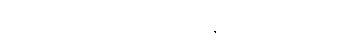
ဒီ ပါဆယ်ထုပ်ကို မြန်မာ နိုင်ငံ ပို့ချင်ပါတယ်။